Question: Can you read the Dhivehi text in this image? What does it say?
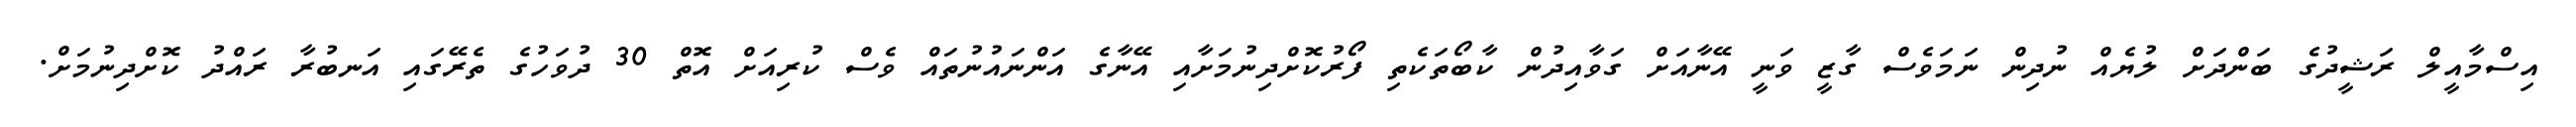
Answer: އިސްމާއީލް ރަޝީދުގެ ބަންދަށް ލުޔެއް ނުދިން ނަމަވެސް ގާޒީ ވަނީ އޭނާއަށް ގަވާއިދުން ކާބޯތަކެތި ފޯރުކޮށްދިނުމަށާއި އޭނާގެ އަންނައުނުތައް ވެސް ކުރިއަށް އޮތް 30 ދުވަހުގެ ތެރޭގައި އަނބުރާ ރައްދު ކޮށްދިނުމަށް.